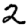
Digit: 2